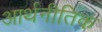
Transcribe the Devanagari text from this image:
आर्थनीतिक